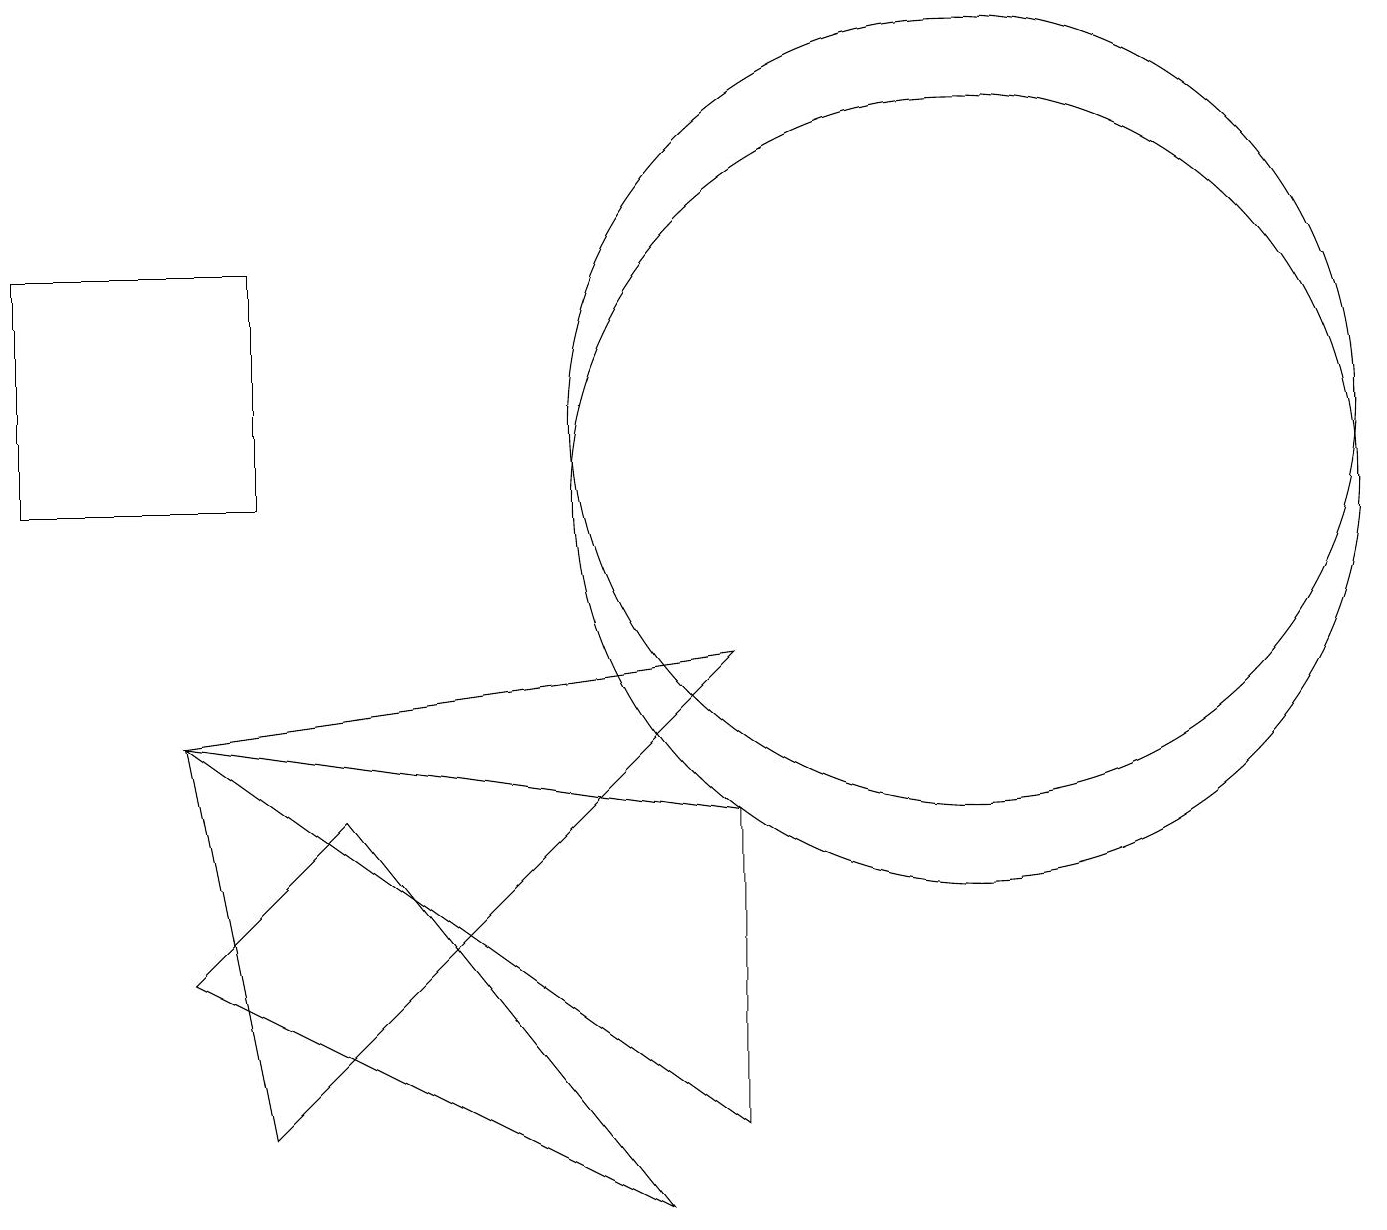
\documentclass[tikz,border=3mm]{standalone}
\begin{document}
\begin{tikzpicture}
\draw (2,4) -- (4,6) -- (8,1) -- cycle;
\draw (3,10) rectangle (0,13);
\draw (3,2) -- (2,7) -- (9,8) -- cycle;
\draw (12,10) circle (5);
\draw (2,7) -- (9,2) -- (9,6) -- cycle;
\draw (12,11) circle (5);
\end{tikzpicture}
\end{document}